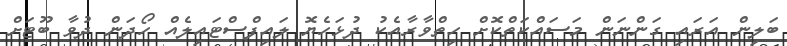
ބަލިން އަރައި ގަންނަން މަސައްކަތްކޮށް ހިތްވާރާއެކު ދުޅަހެޔޮ ލައިފްސްޓައިލެއް ހޯދަން ދުވާ ބޫޓަށް